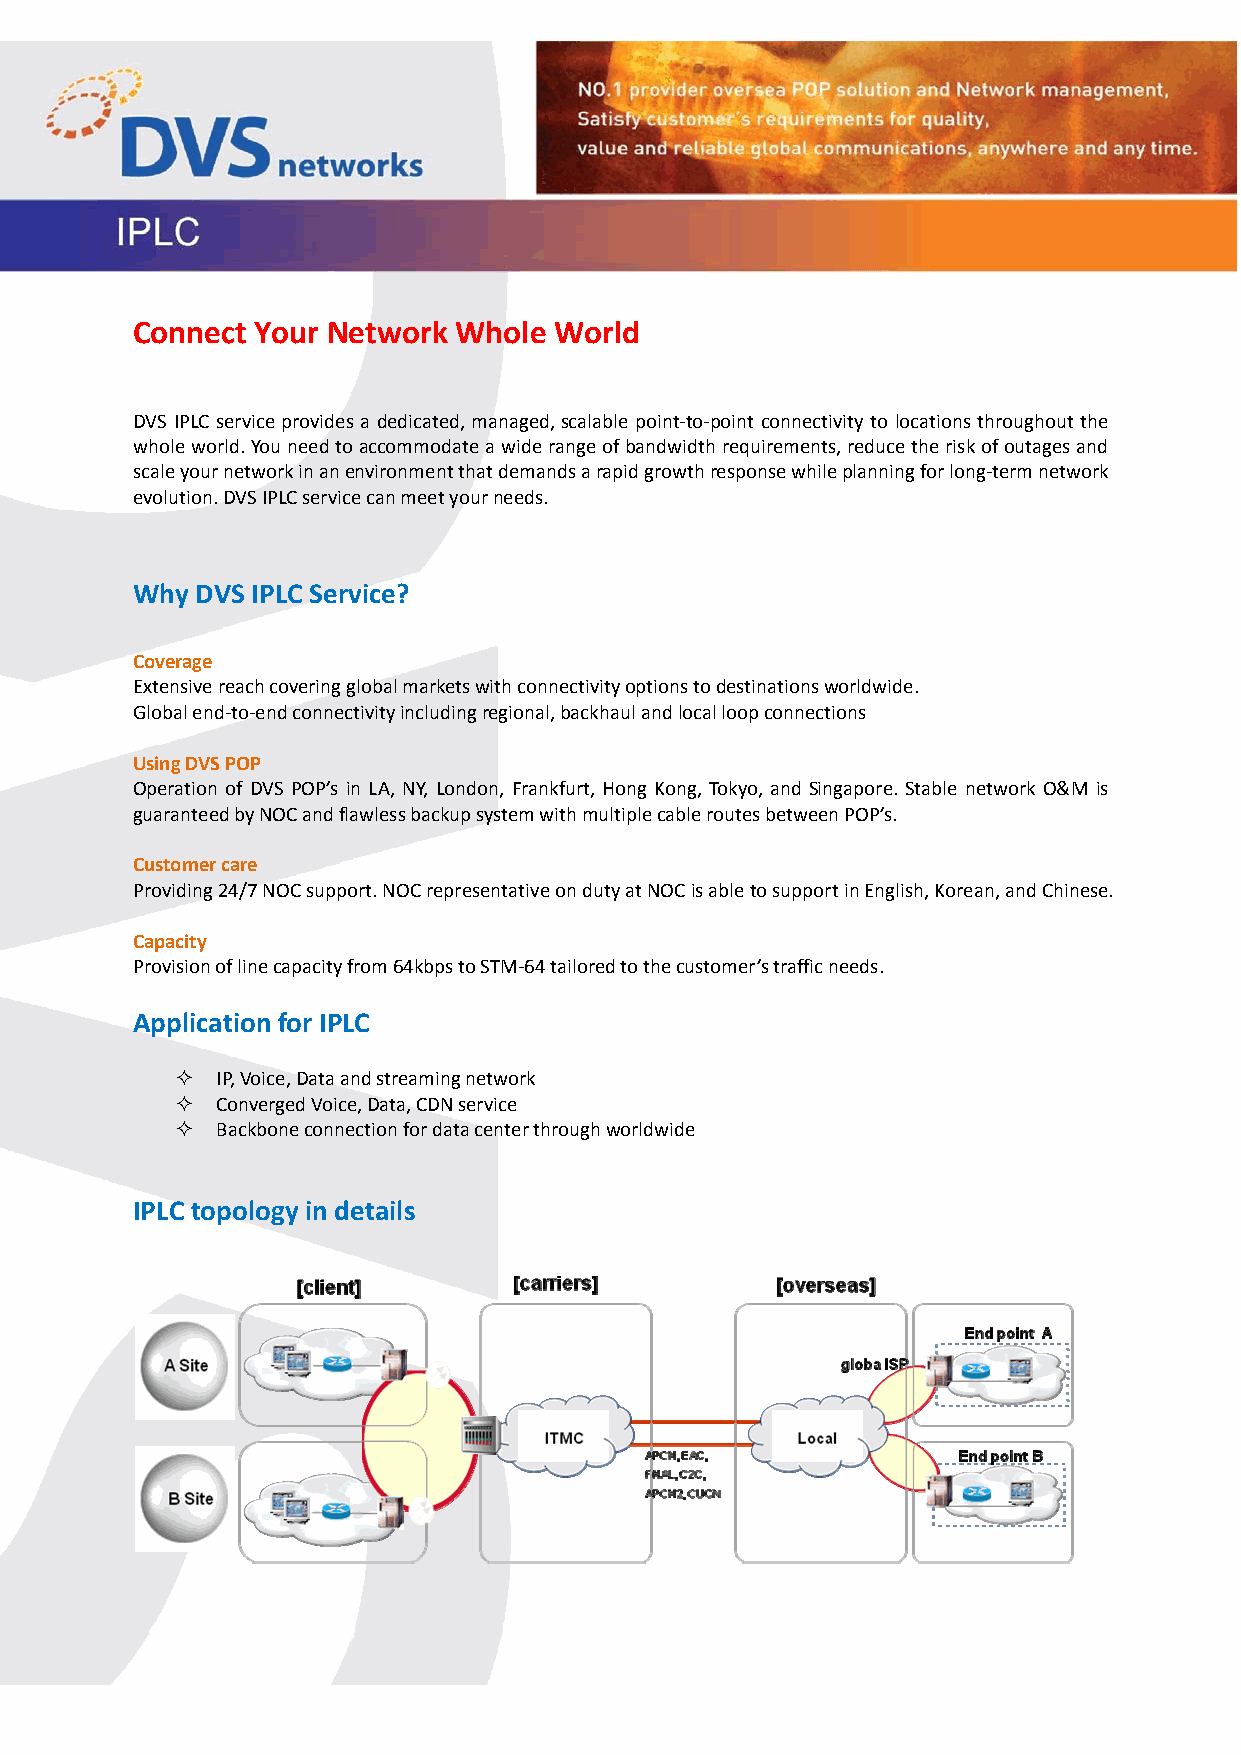
Connect Your Network Whole  World
 DVS IPLC service provides a dedicated, managed, scalable point‐to‐point connectivity to locations throughout the
 whole world. You need to accommodate a wide range of bandwidth requirements, reduce the risk of outages and
 scale your network in an environment that demands a rapid growth response while planning for long‐term network
 evolution. DVS IPLC service can meet your needs.
 Why DVS IPLC Service?
 Coverage
 Extensive reach covering global markets with connectivity options to destinations worldwide.
 Global end‐to‐end connectivity including regional, backhaul and local loop connections
 Using DVS POP
 Operation of DVS POP’s in LA, NY, London, Frankfurt, Hong Kong, Tokyo, and Singapore. Stable network O&M is
 guaranteed by NOC and flawless backup system with multiple cable routes between POP’s.
 Customer care
 Providing 24/7 NOC support. NOC representative on duty at NOC is able to support in English, Korean, and Chinese.
 Capacity
 Provision of line capacity from 64kbps to STM‐64 tailored to the customer’s traffic needs.
 Application for IPLC
  IP, Voice, Data and streaming network
  Converged Voice, Data, CDN service
  Backbone connection for data center through worldwide
 IPLC topology in details